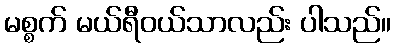
မစ္စက် မယ်ရီဝယ်သာလည်း ပါသည်။